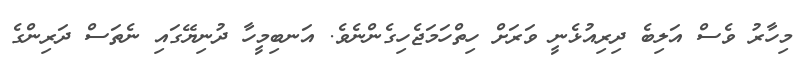
މިހާރު ވެސް އަލިބެ ދިރިއުޅެނީ ވަރަށް ހިތްހަމަޖެހިގެންނެވެ. އަނބިމީހާ ދުނިޔޭގައި ނެތަސް ދަރިންގެ